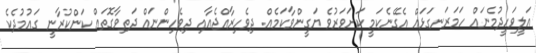
އަލީވަހީދުމެނައް ހަމަރަނގަޅައް އެގޭނެކަމީ ކަށަވަރުވެ ޔަގީންވާކަމެއް. ދިވެހިރާއްޖެއާއި ދިވެހިންނަައް ދަތިވާގޮތައް ކަންކުރާނީ ގައުމުދެކެ